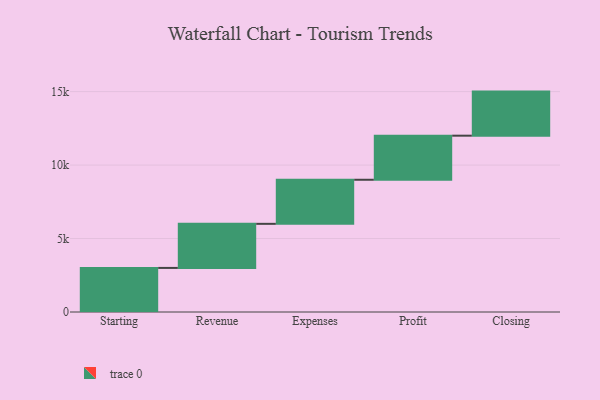
{"axis": {"x": "Step", "y": "Value"}, "legend": [""], "data": [{"x": "Starting", "y": 3000, "type": ""}, {"x": "Revenue", "y": 3000, "type": ""}, {"x": "Expenses", "y": 3000, "type": ""}, {"x": "Profit", "y": 3000, "type": ""}, {"x": "Closing", "y": 3000, "type": ""}]}